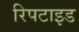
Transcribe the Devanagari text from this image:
रिपटाइड